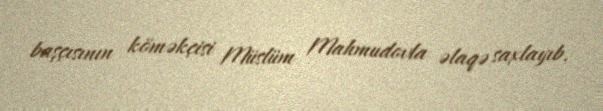
başçısının köməkçisi Müslüm Mahmudovla əlaqə saxlayıb.